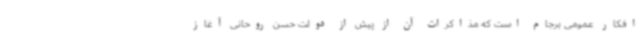
افکار عمومی برجام است که مذاکرات آن از پیش از دولت حسن روحانی آغاز